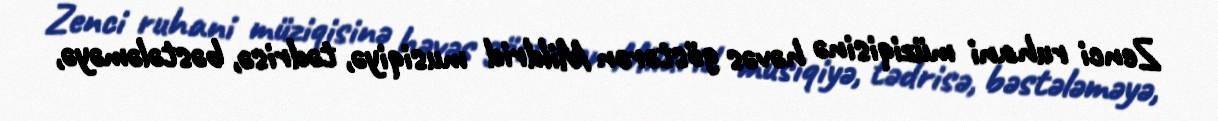
Zenci ruhani müziqisinə həvəs göstərən Mildrid musiqiyə, tədrisə, bəstələməyə,